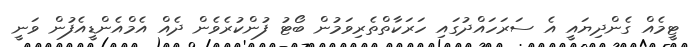
ޓީމެއް ގެންދިޔައީ އެ ސަރަހައްދުގައި ހަރަކާތްތެރިވަމުން ބޯޓު ފުންކުރެވެން ދެއް އެމްއެންޑީއެފުން ވަނީ